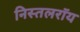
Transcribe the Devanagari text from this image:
निस्तलरॉय